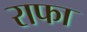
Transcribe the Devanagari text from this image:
राफा